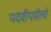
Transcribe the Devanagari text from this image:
पदवीपर्य़ंतचे